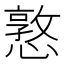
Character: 憝